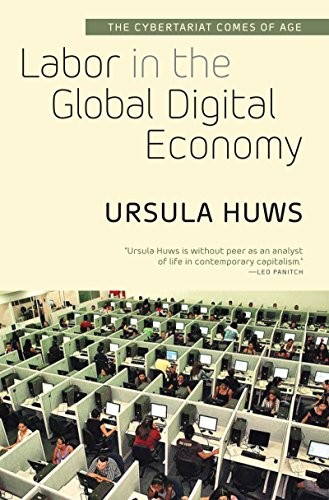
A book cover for Labor in the Global Digital Economy: The Cybertariat Comes of Age; Ursula Huws; Law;